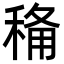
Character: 𮃏